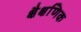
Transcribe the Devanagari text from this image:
क्षैक्षणिक